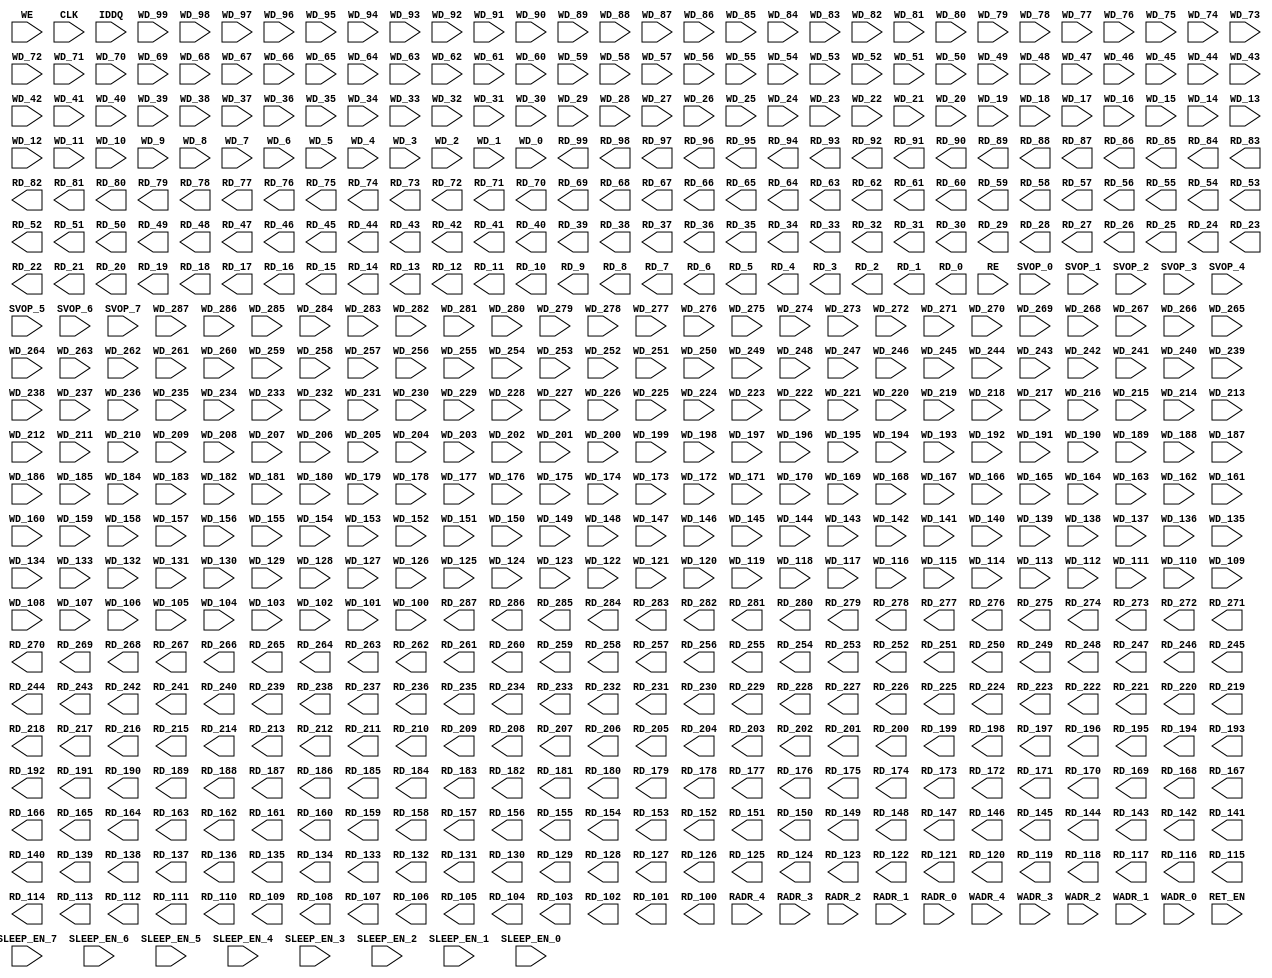
// ================================================================
// NVDLA Open Source Project
//
// Copyright(c) 2016 - 2017 NVIDIA Corporation. Licensed under the
// NVDLA Open Hardware License; Check "LICENSE" which comes with
// this distribution for more information.
// ================================================================
module RAMPDP_32X288_GL_M1_D2 ( WE, CLK, IDDQ, SVOP_0, SVOP_1, SVOP_2, SVOP_3, SVOP_4, SVOP_5, SVOP_6, SVOP_7
,WD_287, WD_286, WD_285, WD_284, WD_283, WD_282, WD_281, WD_280, WD_279, WD_278, WD_277, WD_276, WD_275, WD_274, WD_273, WD_272, WD_271, WD_270, WD_269, WD_268, WD_267, WD_266, WD_265, WD_264, WD_263, WD_262, WD_261, WD_260, WD_259, WD_258, WD_257, WD_256, WD_255, WD_254, WD_253, WD_252, WD_251, WD_250, WD_249, WD_248, WD_247, WD_246, WD_245, WD_244, WD_243, WD_242, WD_241, WD_240, WD_239, WD_238, WD_237, WD_236, WD_235, WD_234, WD_233, WD_232, WD_231, WD_230, WD_229, WD_228, WD_227, WD_226, WD_225, WD_224, WD_223, WD_222, WD_221, WD_220, WD_219, WD_218, WD_217, WD_216, WD_215, WD_214, WD_213, WD_212, WD_211, WD_210, WD_209, WD_208, WD_207, WD_206, WD_205, WD_204, WD_203, WD_202, WD_201, WD_200, WD_199, WD_198, WD_197, WD_196, WD_195, WD_194, WD_193, WD_192, WD_191, WD_190, WD_189, WD_188, WD_187, WD_186, WD_185, WD_184, WD_183, WD_182, WD_181, WD_180, WD_179, WD_178, WD_177, WD_176, WD_175, WD_174, WD_173, WD_172, WD_171, WD_170, WD_169, WD_168, WD_167, WD_166, WD_165, WD_164, WD_163, WD_162, WD_161, WD_160, WD_159, WD_158, WD_157, WD_156, WD_155, WD_154, WD_153, WD_152, WD_151, WD_150, WD_149, WD_148, WD_147, WD_146, WD_145, WD_144, WD_143, WD_142, WD_141, WD_140, WD_139, WD_138, WD_137, WD_136, WD_135, WD_134, WD_133, WD_132, WD_131, WD_130, WD_129, WD_128, WD_127, WD_126, WD_125, WD_124, WD_123, WD_122, WD_121, WD_120, WD_119, WD_118, WD_117, WD_116, WD_115, WD_114, WD_113, WD_112, WD_111, WD_110, WD_109, WD_108, WD_107, WD_106, WD_105, WD_104, WD_103, WD_102, WD_101, WD_100, WD_99, WD_98, WD_97, WD_96, WD_95, WD_94, WD_93, WD_92, WD_91, WD_90, WD_89, WD_88, WD_87, WD_86, WD_85, WD_84, WD_83, WD_82, WD_81, WD_80, WD_79, WD_78, WD_77, WD_76, WD_75, WD_74, WD_73, WD_72, WD_71, WD_70, WD_69, WD_68, WD_67, WD_66, WD_65, WD_64, WD_63, WD_62, WD_61, WD_60, WD_59, WD_58, WD_57, WD_56, WD_55, WD_54, WD_53, WD_52, WD_51, WD_50, WD_49, WD_48, WD_47, WD_46, WD_45, WD_44, WD_43, WD_42, WD_41, WD_40, WD_39, WD_38, WD_37, WD_36, WD_35, WD_34, WD_33, WD_32, WD_31, WD_30, WD_29, WD_28, WD_27, WD_26, WD_25, WD_24, WD_23, WD_22, WD_21, WD_20, WD_19, WD_18, WD_17, WD_16, WD_15, WD_14, WD_13, WD_12, WD_11, WD_10, WD_9, WD_8, WD_7, WD_6, WD_5, WD_4, WD_3, WD_2, WD_1, WD_0,RD_287, RD_286, RD_285, RD_284, RD_283, RD_282, RD_281, RD_280, RD_279, RD_278, RD_277, RD_276, RD_275, RD_274, RD_273, RD_272, RD_271, RD_270, RD_269, RD_268, RD_267, RD_266, RD_265, RD_264, RD_263, RD_262, RD_261, RD_260, RD_259, RD_258, RD_257, RD_256, RD_255, RD_254, RD_253, RD_252, RD_251, RD_250, RD_249, RD_248, RD_247, RD_246, RD_245, RD_244, RD_243, RD_242, RD_241, RD_240, RD_239, RD_238, RD_237, RD_236, RD_235, RD_234, RD_233, RD_232, RD_231, RD_230, RD_229, RD_228, RD_227, RD_226, RD_225, RD_224, RD_223, RD_222, RD_221, RD_220, RD_219, RD_218, RD_217, RD_216, RD_215, RD_214, RD_213, RD_212, RD_211, RD_210, RD_209, RD_208, RD_207, RD_206, RD_205, RD_204, RD_203, RD_202, RD_201, RD_200, RD_199, RD_198, RD_197, RD_196, RD_195, RD_194, RD_193, RD_192, RD_191, RD_190, RD_189, RD_188, RD_187, RD_186, RD_185, RD_184, RD_183, RD_182, RD_181, RD_180, RD_179, RD_178, RD_177, RD_176, RD_175, RD_174, RD_173, RD_172, RD_171, RD_170, RD_169, RD_168, RD_167, RD_166, RD_165, RD_164, RD_163, RD_162, RD_161, RD_160, RD_159, RD_158, RD_157, RD_156, RD_155, RD_154, RD_153, RD_152, RD_151, RD_150, RD_149, RD_148, RD_147, RD_146, RD_145, RD_144, RD_143, RD_142, RD_141, RD_140, RD_139, RD_138, RD_137, RD_136, RD_135, RD_134, RD_133, RD_132, RD_131, RD_130, RD_129, RD_128, RD_127, RD_126, RD_125, RD_124, RD_123, RD_122, RD_121, RD_120, RD_119, RD_118, RD_117, RD_116, RD_115, RD_114, RD_113, RD_112, RD_111, RD_110, RD_109, RD_108, RD_107, RD_106, RD_105, RD_104, RD_103, RD_102, RD_101, RD_100, RD_99, RD_98, RD_97, RD_96, RD_95, RD_94, RD_93, RD_92, RD_91, RD_90, RD_89, RD_88, RD_87, RD_86, RD_85, RD_84, RD_83, RD_82, RD_81, RD_80, RD_79, RD_78, RD_77, RD_76, RD_75, RD_74, RD_73, RD_72, RD_71, RD_70, RD_69, RD_68, RD_67, RD_66, RD_65, RD_64, RD_63, RD_62, RD_61, RD_60, RD_59, RD_58, RD_57, RD_56, RD_55, RD_54, RD_53, RD_52, RD_51, RD_50, RD_49, RD_48, RD_47, RD_46, RD_45, RD_44, RD_43, RD_42, RD_41, RD_40, RD_39, RD_38, RD_37, RD_36, RD_35, RD_34, RD_33, RD_32, RD_31, RD_30, RD_29, RD_28, RD_27, RD_26, RD_25, RD_24, RD_23, RD_22, RD_21, RD_20, RD_19, RD_18, RD_17, RD_16, RD_15, RD_14, RD_13, RD_12, RD_11, RD_10, RD_9, RD_8, RD_7, RD_6, RD_5, RD_4, RD_3, RD_2, RD_1, RD_0, RE
, RADR_4, RADR_3, RADR_2, RADR_1, RADR_0, WADR_4, WADR_3, WADR_2, WADR_1, WADR_0, SLEEP_EN_7, SLEEP_EN_6, SLEEP_EN_5, SLEEP_EN_4, SLEEP_EN_3, SLEEP_EN_2, SLEEP_EN_1, SLEEP_EN_0, RET_EN
);
// nvProps NoBus SLEEP_EN_
// Test mode control ports
input IDDQ;
// Clock port
input CLK;
// SVOP ports
input SVOP_0, SVOP_1, SVOP_2, SVOP_3, SVOP_4, SVOP_5, SVOP_6, SVOP_7;
// Write data ports
input WD_287, WD_286, WD_285, WD_284, WD_283, WD_282, WD_281, WD_280, WD_279, WD_278, WD_277, WD_276, WD_275, WD_274, WD_273, WD_272, WD_271, WD_270, WD_269, WD_268, WD_267, WD_266, WD_265, WD_264, WD_263, WD_262, WD_261, WD_260, WD_259, WD_258, WD_257, WD_256, WD_255, WD_254, WD_253, WD_252, WD_251, WD_250, WD_249, WD_248, WD_247, WD_246, WD_245, WD_244, WD_243, WD_242, WD_241, WD_240, WD_239, WD_238, WD_237, WD_236, WD_235, WD_234, WD_233, WD_232, WD_231, WD_230, WD_229, WD_228, WD_227, WD_226, WD_225, WD_224, WD_223, WD_222, WD_221, WD_220, WD_219, WD_218, WD_217, WD_216, WD_215, WD_214, WD_213, WD_212, WD_211, WD_210, WD_209, WD_208, WD_207, WD_206, WD_205, WD_204, WD_203, WD_202, WD_201, WD_200, WD_199, WD_198, WD_197, WD_196, WD_195, WD_194, WD_193, WD_192, WD_191, WD_190, WD_189, WD_188, WD_187, WD_186, WD_185, WD_184, WD_183, WD_182, WD_181, WD_180, WD_179, WD_178, WD_177, WD_176, WD_175, WD_174, WD_173, WD_172, WD_171, WD_170, WD_169, WD_168, WD_167, WD_166, WD_165, WD_164, WD_163, WD_162, WD_161, WD_160, WD_159, WD_158, WD_157, WD_156, WD_155, WD_154, WD_153, WD_152, WD_151, WD_150, WD_149, WD_148, WD_147, WD_146, WD_145, WD_144, WD_143, WD_142, WD_141, WD_140, WD_139, WD_138, WD_137, WD_136, WD_135, WD_134, WD_133, WD_132, WD_131, WD_130, WD_129, WD_128, WD_127, WD_126, WD_125, WD_124, WD_123, WD_122, WD_121, WD_120, WD_119, WD_118, WD_117, WD_116, WD_115, WD_114, WD_113, WD_112, WD_111, WD_110, WD_109, WD_108, WD_107, WD_106, WD_105, WD_104, WD_103, WD_102, WD_101, WD_100, WD_99, WD_98, WD_97, WD_96, WD_95, WD_94, WD_93, WD_92, WD_91, WD_90, WD_89, WD_88, WD_87, WD_86, WD_85, WD_84, WD_83, WD_82, WD_81, WD_80, WD_79, WD_78, WD_77, WD_76, WD_75, WD_74, WD_73, WD_72, WD_71, WD_70, WD_69, WD_68, WD_67, WD_66, WD_65, WD_64, WD_63, WD_62, WD_61, WD_60, WD_59, WD_58, WD_57, WD_56, WD_55, WD_54, WD_53, WD_52, WD_51, WD_50, WD_49, WD_48, WD_47, WD_46, WD_45, WD_44, WD_43, WD_42, WD_41, WD_40, WD_39, WD_38, WD_37, WD_36, WD_35, WD_34, WD_33, WD_32, WD_31, WD_30, WD_29, WD_28, WD_27, WD_26, WD_25, WD_24, WD_23, WD_22, WD_21, WD_20, WD_19, WD_18, WD_17, WD_16, WD_15, WD_14, WD_13, WD_12, WD_11, WD_10, WD_9, WD_8, WD_7, WD_6, WD_5, WD_4, WD_3, WD_2, WD_1, WD_0;
// Read data ports
output RD_287, RD_286, RD_285, RD_284, RD_283, RD_282, RD_281, RD_280, RD_279, RD_278, RD_277, RD_276, RD_275, RD_274, RD_273, RD_272, RD_271, RD_270, RD_269, RD_268, RD_267, RD_266, RD_265, RD_264, RD_263, RD_262, RD_261, RD_260, RD_259, RD_258, RD_257, RD_256, RD_255, RD_254, RD_253, RD_252, RD_251, RD_250, RD_249, RD_248, RD_247, RD_246, RD_245, RD_244, RD_243, RD_242, RD_241, RD_240, RD_239, RD_238, RD_237, RD_236, RD_235, RD_234, RD_233, RD_232, RD_231, RD_230, RD_229, RD_228, RD_227, RD_226, RD_225, RD_224, RD_223, RD_222, RD_221, RD_220, RD_219, RD_218, RD_217, RD_216, RD_215, RD_214, RD_213, RD_212, RD_211, RD_210, RD_209, RD_208, RD_207, RD_206, RD_205, RD_204, RD_203, RD_202, RD_201, RD_200, RD_199, RD_198, RD_197, RD_196, RD_195, RD_194, RD_193, RD_192, RD_191, RD_190, RD_189, RD_188, RD_187, RD_186, RD_185, RD_184, RD_183, RD_182, RD_181, RD_180, RD_179, RD_178, RD_177, RD_176, RD_175, RD_174, RD_173, RD_172, RD_171, RD_170, RD_169, RD_168, RD_167, RD_166, RD_165, RD_164, RD_163, RD_162, RD_161, RD_160, RD_159, RD_158, RD_157, RD_156, RD_155, RD_154, RD_153, RD_152, RD_151, RD_150, RD_149, RD_148, RD_147, RD_146, RD_145, RD_144, RD_143, RD_142, RD_141, RD_140, RD_139, RD_138, RD_137, RD_136, RD_135, RD_134, RD_133, RD_132, RD_131, RD_130, RD_129, RD_128, RD_127, RD_126, RD_125, RD_124, RD_123, RD_122, RD_121, RD_120, RD_119, RD_118, RD_117, RD_116, RD_115, RD_114, RD_113, RD_112, RD_111, RD_110, RD_109, RD_108, RD_107, RD_106, RD_105, RD_104, RD_103, RD_102, RD_101, RD_100, RD_99, RD_98, RD_97, RD_96, RD_95, RD_94, RD_93, RD_92, RD_91, RD_90, RD_89, RD_88, RD_87, RD_86, RD_85, RD_84, RD_83, RD_82, RD_81, RD_80, RD_79, RD_78, RD_77, RD_76, RD_75, RD_74, RD_73, RD_72, RD_71, RD_70, RD_69, RD_68, RD_67, RD_66, RD_65, RD_64, RD_63, RD_62, RD_61, RD_60, RD_59, RD_58, RD_57, RD_56, RD_55, RD_54, RD_53, RD_52, RD_51, RD_50, RD_49, RD_48, RD_47, RD_46, RD_45, RD_44, RD_43, RD_42, RD_41, RD_40, RD_39, RD_38, RD_37, RD_36, RD_35, RD_34, RD_33, RD_32, RD_31, RD_30, RD_29, RD_28, RD_27, RD_26, RD_25, RD_24, RD_23, RD_22, RD_21, RD_20, RD_19, RD_18, RD_17, RD_16, RD_15, RD_14, RD_13, RD_12, RD_11, RD_10, RD_9, RD_8, RD_7, RD_6, RD_5, RD_4, RD_3, RD_2, RD_1, RD_0;
// Read enable ports
input RE;
// Write enable ports
input WE;
// Read address ports
input RADR_4, RADR_3, RADR_2, RADR_1, RADR_0;
// Write address ports
input WADR_4, WADR_3, WADR_2, WADR_1, WADR_0;
// PG Zone enables
input SLEEP_EN_0, SLEEP_EN_1, SLEEP_EN_2, SLEEP_EN_3, SLEEP_EN_4, SLEEP_EN_5, SLEEP_EN_6, SLEEP_EN_7, RET_EN;
endmodule